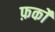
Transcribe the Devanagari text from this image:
फ़र्कों